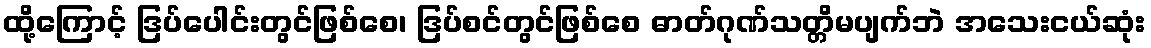
ထို့ကြောင့် ဒြပ်ပေါင်းတွင်ဖြစ်စေ၊ ဒြပ်စင်တွင်ဖြစ်စေ ဓာတ်ဂုဏ်သတ္တိမပျက်ဘဲ အသေးငယ်ဆုံး